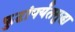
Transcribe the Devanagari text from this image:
फुटांपर्यंतसुद्धा